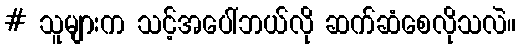
# သူများက သင့်အပေါ်ဘယ်လို ဆက်ဆံစေလိုသလဲ။